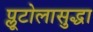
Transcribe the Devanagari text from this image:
प्लूटोलासुद्धा